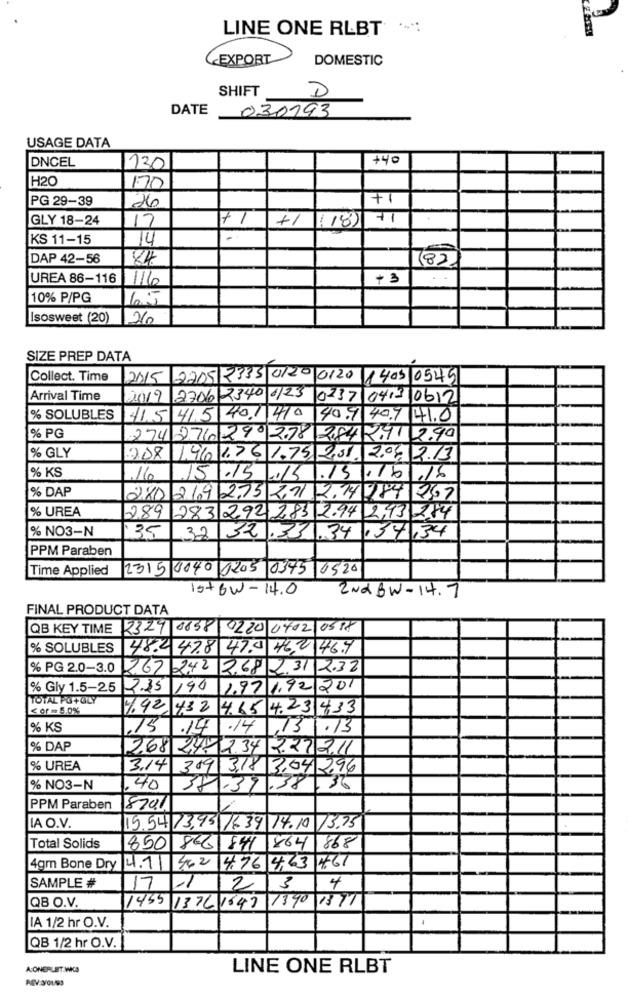
LINE ONE RLBT
EXPORT
DOMESTIC
SHIFT
D
DATE
030193
USAGE DATA
DNCEL
+40
130
H20
170
PG 29-39
+1
26
GLY 18-24
17
+1
+1
( 18)
71
KS 11-15
14
DAP 42-56
84
(8)
UREA 86-116
1116
+3
10% P/PG
65
Isosweet (20)
260
SIZE PREP DATA
Collect. Time
2015 2205 2335 0120 0120 1405 0545
Arrival Time
2019 2706 2340 6/23 0237 0412 0612
% SOLUBLES
41,5 415 40.1410
40.7 407 41.0
% PG
274 276299 278 2,84 2.41 2.90
% GLY
2D8 1,96 1.7 6 1.75, 2,31. 2.07 2.13
% KS
16
.15
15
5/6/6
% DAP
2.75
280
21
2.74 784 267
% UREA
289
283 292 283 2.94 2,43 284
% NO3-N
35
32 32
.33
1.34 ,34,34
PPM Paraben
Time Applied
2315 0040 1205
0375 0520
IstBW-14.0
2Nd BW-14.7
FINAL PRODUCT DATA
QB KEY TIME
2329 0838
0220 0402 0518
% SOLUBLES
48.2 47.8 47. 46,2 46.9
% PG 2.0-3.0
267 242
2.682.31 2.32
% Gly 1.5-25
2.35
190
1.97 1.92 201
TOTAL PO+GLY
< or - 5,0%
7.92
432
4.65 4.23 433
% KS
15
14
14
13 .13
% DAP
2.68
2.34 2.27 2.11
% UREA
3.14
3,18 3,04 296
% NO3-N
40
-39
.38
36
PPM Paraben
8741
IA O.V.
19.54 13,95 /6 39 17.10 13.75
Total Solids
850 86 841
864 868
4gm Bone Dry 4.1 462
4.76 4,63 4761
SAMPLE #
17
2
3
4
1455 1376 1647 1390 1377
QB O.V.
IA 1/2 hr O.V.
QB 1/2 hr O.V.
A ONERLET.WICA
LINE ONE RLBT